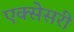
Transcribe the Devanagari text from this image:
एक्सेसरी